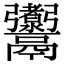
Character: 𩱰